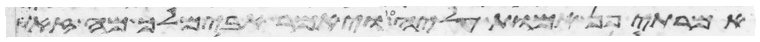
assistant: אמרתי פן אמות עליה ויאמר אבימלך מה זאת